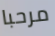
مرحبا